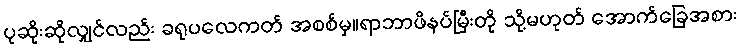
ပုဆိုးဆိုလျှင်လည်း ခရုပလေကတ် အစစ်မှ။ရာဘာဖိနပ်မြီးတို သို့မဟုတ် အောက်ခြေအစား